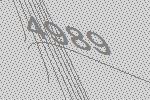
4989